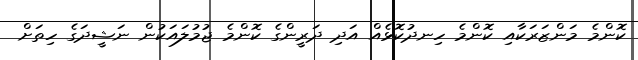
ކޮންމެ މަންޒަރަކާއި ކޮންމެ ހިނދުކޮޅެއް އަދި ދަރީންގެ ކޮންމެ ޖުމުލައަކުން ނަޝީދަގެ ހިތަށް